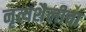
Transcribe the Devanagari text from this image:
नृत्यशैलीचा